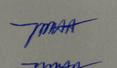
Signature authenticity: genuine